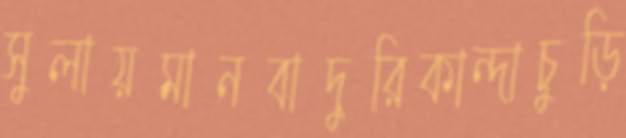
সুলায়মানবাদুরিকান্দাচুড়ি